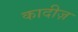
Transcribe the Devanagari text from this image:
कादीज़